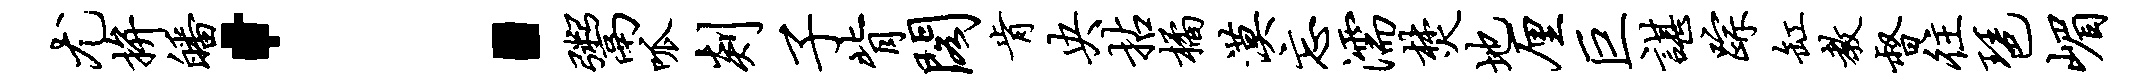
尤拚皤：鬻呱剡子背阁肯央拈橘漠忘濡焚地厘巨谌踪缸教督往琶嵋